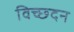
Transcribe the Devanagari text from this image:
विच्छदन